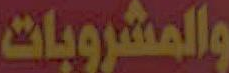
والمشروبات